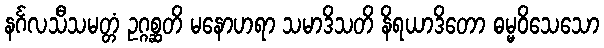
နင်္ဂလသီသမတ္တံ ဥဂ္ဂစ္ဆတိ မနောဟရာ သမာဒိသတိ နိရယာဒိတော ဓမ္မဝိသေသော